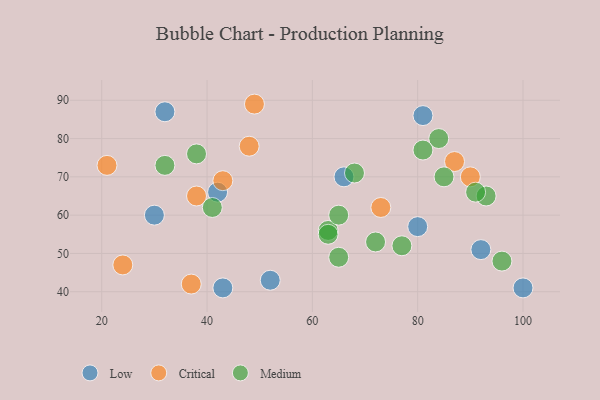
{"axis": {"x": "GDP", "y": "Life Expectancy"}, "legend": ["Critical", "Low", "Medium"], "data": [{"x": "42", "y": 66, "type": "Low"}, {"x": "81", "y": 86, "type": "Low"}, {"x": "92", "y": 51, "type": "Low"}, {"x": "43", "y": 41, "type": "Low"}, {"x": "30", "y": 60, "type": "Low"}, {"x": "66", "y": 70, "type": "Low"}, {"x": "32", "y": 87, "type": "Low"}, {"x": "52", "y": 43, "type": "Low"}, {"x": "100", "y": 41, "type": "Low"}, {"x": "80", "y": 57, "type": "Low"}, {"x": "90", "y": 70, "type": "Critical"}, {"x": "43", "y": 69, "type": "Critical"}, {"x": "48", "y": 78, "type": "Critical"}, {"x": "24", "y": 47, "type": "Critical"}, {"x": "38", "y": 65, "type": "Critical"}, {"x": "37", "y": 42, "type": "Critical"}, {"x": "49", "y": 89, "type": "Critical"}, {"x": "87", "y": 74, "type": "Critical"}, {"x": "73", "y": 62, "type": "Critical"}, {"x": "21", "y": 73, "type": "Critical"}, {"x": "63", "y": 56, "type": "Medium"}, {"x": "65", "y": 49, "type": "Medium"}, {"x": "41", "y": 62, "type": "Medium"}, {"x": "63", "y": 55, "type": "Medium"}, {"x": "85", "y": 70, "type": "Medium"}, {"x": "77", "y": 52, "type": "Medium"}, {"x": "96", "y": 48, "type": "Medium"}, {"x": "93", "y": 65, "type": "Medium"}, {"x": "72", "y": 53, "type": "Medium"}, {"x": "84", "y": 80, "type": "Medium"}, {"x": "81", "y": 77, "type": "Medium"}, {"x": "65", "y": 60, "type": "Medium"}, {"x": "38", "y": 76, "type": "Medium"}, {"x": "32", "y": 73, "type": "Medium"}, {"x": "91", "y": 66, "type": "Medium"}, {"x": "68", "y": 71, "type": "Medium"}]}